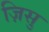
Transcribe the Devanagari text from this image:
ज़िसु